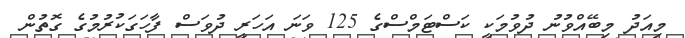
މިއަދު މިބޭއްވުނު ދުވުމަކީ ކަސްޓަމްސްގެ 125 ވަނަ އަހަރީ ދުވަސް ފާހަގަކުރުމުގެ ގޮތުން